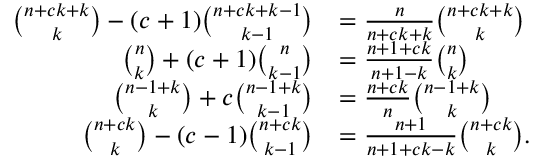
{ \begin{array} { r l } { { \binom { n + c k + k } { k } } - ( c + 1 ) { \binom { n + c k + k - 1 } { k - 1 } } } & { = { \frac { n } { n + c k + k } } { \binom { n + c k + k } { k } } } \\ { { \binom { n } { k } } + ( c + 1 ) { \binom { n } { k - 1 } } } & { = { \frac { n + 1 + c k } { n + 1 - k } } { \binom { n } { k } } } \\ { { \binom { n - 1 + k } { k } } + c { \binom { n - 1 + k } { k - 1 } } } & { = { \frac { n + c k } { n } } { \binom { n - 1 + k } { k } } } \\ { { \binom { n + c k } { k } } - ( c - 1 ) { \binom { n + c k } { k - 1 } } } & { = { \frac { n + 1 } { n + 1 + c k - k } } { \binom { n + c k } { k } } . } \end{array} }